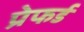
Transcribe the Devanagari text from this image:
प्रेफर्ड